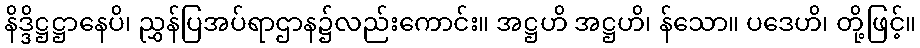
နိဒ္ဒိဋ္ဌဋ္ဌာနေပိ၊ ညွှန်ပြအပ်ရာဌာန၌လည်းကောင်း။ အဋ္ဌဟိ အဋ္ဌဟိ၊ န်သော။ ပဒေဟိ၊ တို့ဖြင့်။